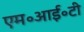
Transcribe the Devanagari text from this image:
एम॰आई॰टी